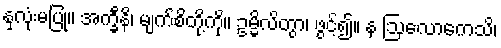
နှလုံးမပြု။ အက္ခီနိ၊ မျက်စိတို့ကို။ ဥမ္မိလိတွာ၊ ဖွင့်၍။ န ဩလောကေသိ၊